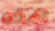
هذه